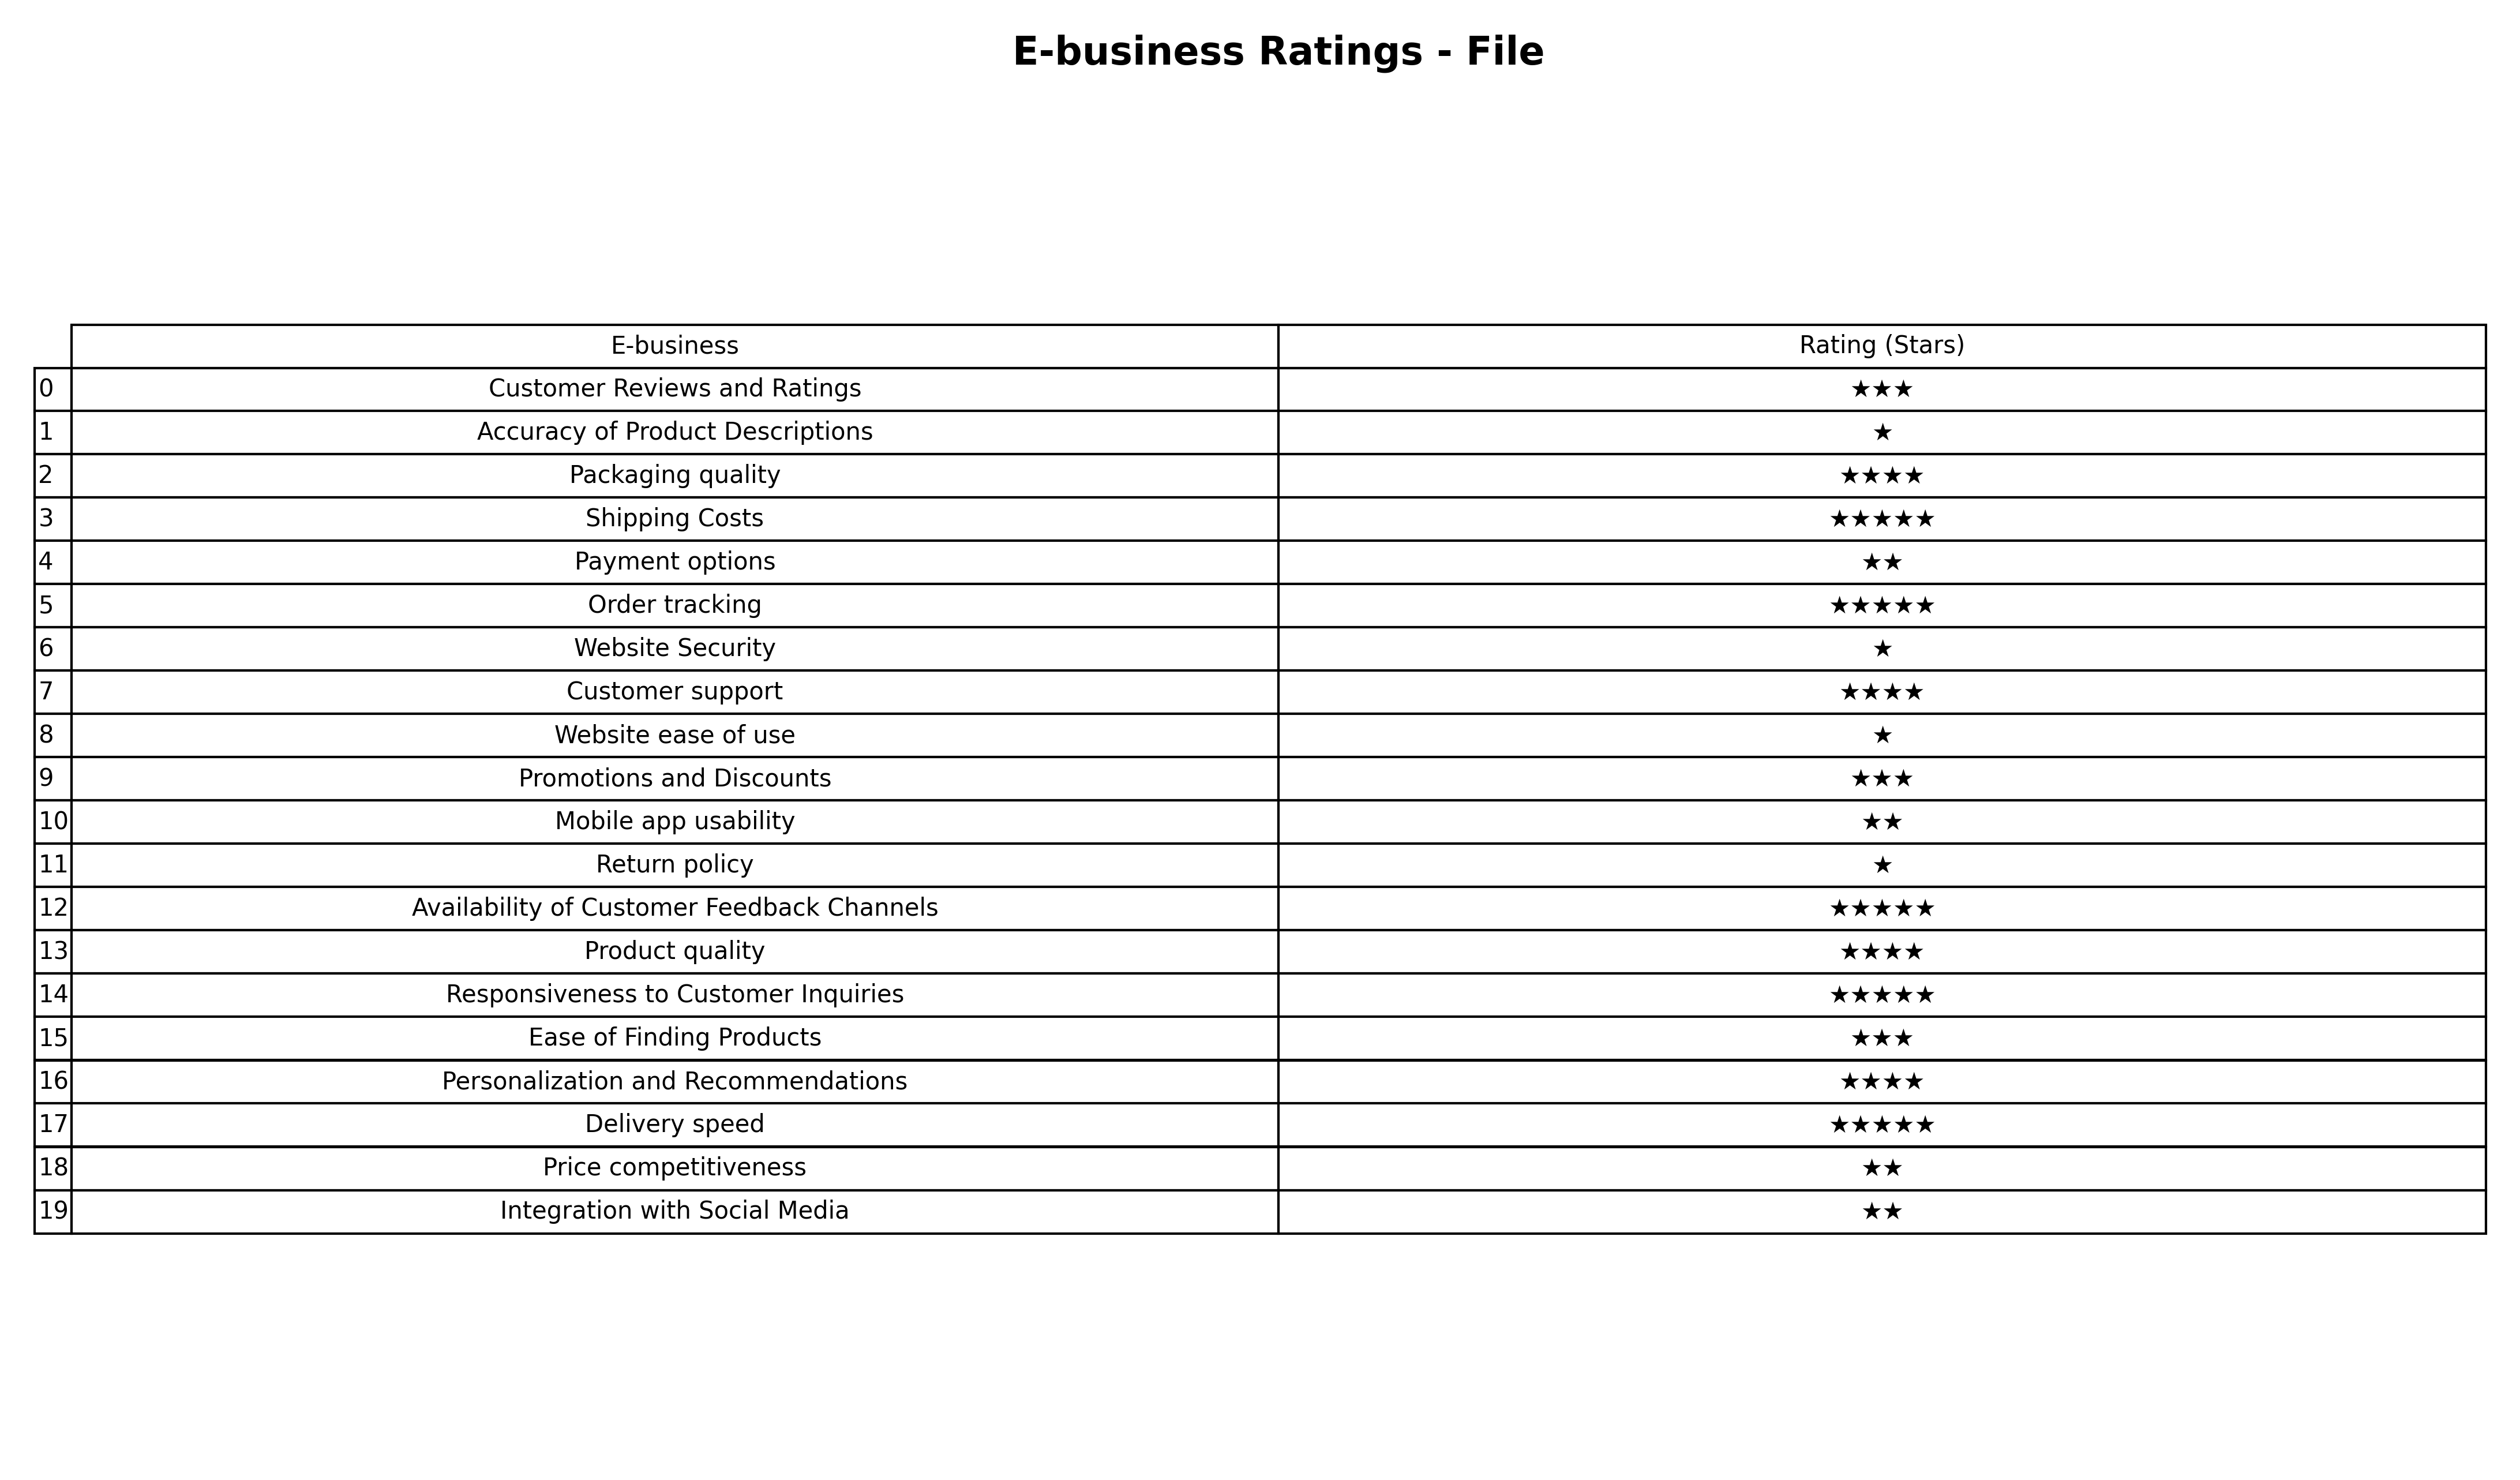
question: What are lowest rating services?
answer: Customer Reviews and RatingsPromotions and DiscountsEase of Finding Products